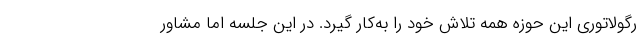
رگولاتوری اين حوزه همه تلاش خود را به‌كار گيرد. در اين جلسه اما مشاور